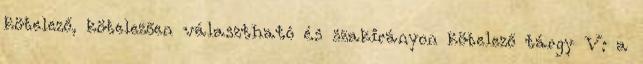
kötelező, kötelezően választható és szakirányon kötelező tárgy V: a